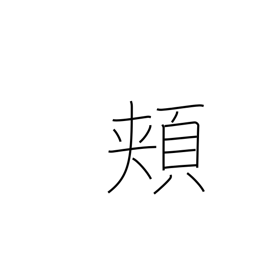
Meaning: cheeks